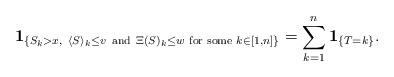
LaTeX: \begin{align*}\textbf{1}_{\{ S_k >x,\ \langle S\rangle_k \leq v \ \textrm{and} \ \Xi(S)_k \leq w \textrm{ for some }k \in [1, n] \}} = \sum_{k=1}^{n} \textbf{1}_{\{ T =k\}}.\end{align*}